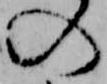
の